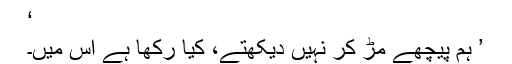
‘
’ ہم پیچھے مڑ کر نہیں دیکھتے، کیا رکھا ہے اس میں۔